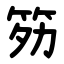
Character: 䇟